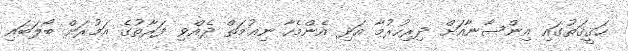
ޙަޤީޤަތުގައި އިންސާނާއަށް ދިރިހުރުމާ އަދި އެންމެހާ ނިޢުމަތް ދެއްވި ފަރާތުގެ އަމުރަށް ބޯލަބައި